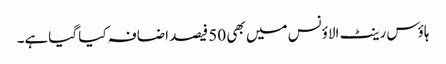
ہاؤس رینٹ الاؤنس میں بھی 50 فیصد اضافہ کیا گیاہے۔